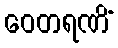
ဝေတရဏိံ